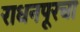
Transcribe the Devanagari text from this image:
राधनपूरचा